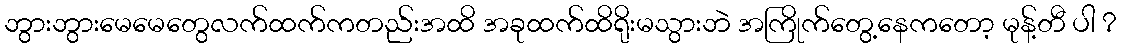
ဘွားဘွားမေမေတွေလက်ထက်ကတည်းအထိ အခုထက်ထိရိုးမသွားဘဲ အကြိုက်တွေ့နေကတော့ မုန့်တီ ပါ ?